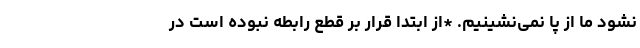
نشود ما از پا نمی‌نشینیم. *از ابتدا قرار بر قطع رابطه نبوده است در